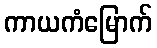
ကာယကံမြောက်